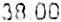
38.00